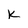
Character: k